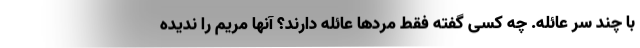
با چند سر عائله. چه کسی گفته فقط مردها عائله دارند؟ آنها مریم را ندیده